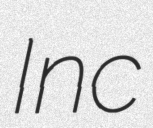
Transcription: Inc